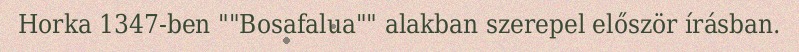
Horka 1347-ben ""Bosafalua"" alakban szerepel először írásban.